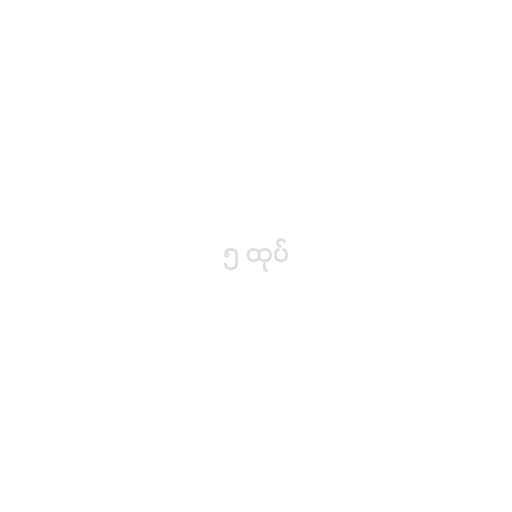
၅ ထုပ်